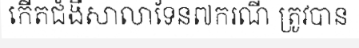
កើតជំងឺសាលាទែន៧ករណី ត្រូវបាន